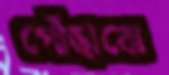
পোঁছাবো